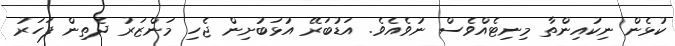
ކުޅެން ނިކުއިންތާ މިނިޓެއްވެސް ނުވެއެވެ. އަޑުބަރޭ އުޅަބުށިން ޖެހި މަންޒަރު ދެތިން ފަހަރު